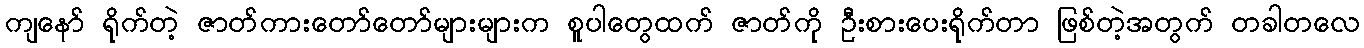
ကျနော် ရိုက်တဲ့ ဇာတ်ကားတော်တော်များများက စူပါတွေထက် ဇာတ်ကို ဦးစားပေးရိုက်တာ ဖြစ်တဲ့အတွက် တခါတလေ